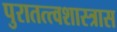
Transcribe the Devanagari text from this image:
पुरातत्त्वशास्त्रास